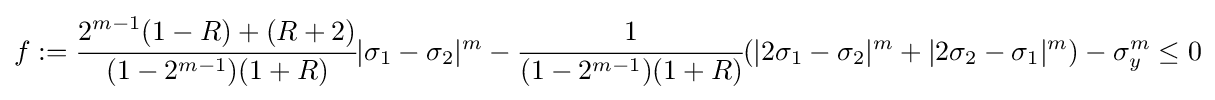
f:={\cfrac {2^{m-1}(1-R)+(R+2)}{(1-2^{m-1})(1+R)}}|\sigma _{1}-\sigma _{2}|^{m}-{\cfrac {1}{(1-2^{m-1})(1+R)}}(|2\sigma _{1}-\sigma _{2}|^{m}+|2\sigma _{2}-\sigma _{1}|^{m})-\sigma _{y}^{m}\leq 0